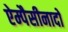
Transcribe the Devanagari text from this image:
ऐम्पैसीनादो